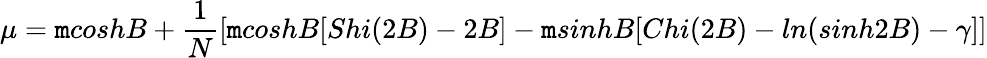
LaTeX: \mu=\mathtt{m}coshB+\frac{{1}}{{N}}\left[\mathtt{m}coshB[Shi(2B)-2B]-\mathtt{m}sinhB[Chi(2B)-ln(sinh2B)-\gamma]\right]